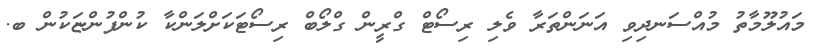
މައުލޫމާތު މުއްސަނދިވި އަނަންތަރާ ވެލި ރިސޯޓް ގްރީން ގްލޯބް ރިސޯޓަކަށްލަންކާ ކުންފުންޏަކުން ބ.